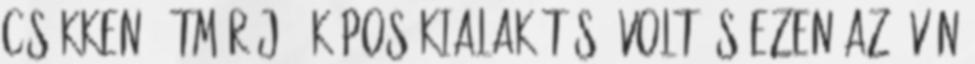
csökkenő átmérőjű, kúpos kialakítású volt és ezen az övön